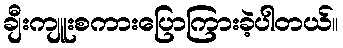
ချီးကျူးစကားပြောကြားခဲ့ပါတယ်။